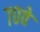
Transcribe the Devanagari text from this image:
७०वे